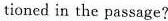
tioned in the passage?